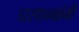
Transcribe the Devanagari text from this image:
घरधन्यांनी